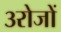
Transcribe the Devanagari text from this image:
३रोजों